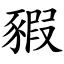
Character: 豭